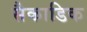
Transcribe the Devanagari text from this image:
सैकाडिक